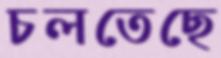
চলতেছে